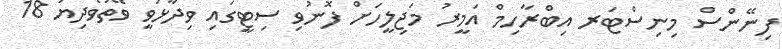
ފިނޭންސް މިނިސްޓަރ އިބްރާހިމް އަމީރު މަޖިލީހަށް ފޮނުވި ސިޓީގައި ވިދާޅުވީ ވޭތުވެދިޔަ 18